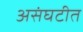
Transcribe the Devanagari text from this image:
असंघटीत